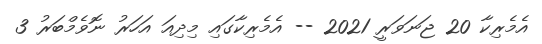
އެމެރިކާ 20 ޖަނަވަރީ 2021 -- އެމެރިކާގައި މިދިއަ އަހަރު ނޮވެމްބަރު 3